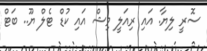
ސޮރީ ލިޔާ. އައި ރިއަލީ ވިޝް އައި ކުޑް ޓެލް ޔޫ.. ބަޓް